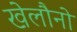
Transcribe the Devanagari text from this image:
खेलौनो